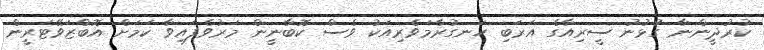
ކުރުދީންނާ ގުޅުނު ސީރިއާގެ އަރަބި ހަނގުރާމަވެރިއަކު ވެސް ކޮބާނީން މަރުވެފައިވާ ކަމަށް އޮބްޒަވޭޓަރީން